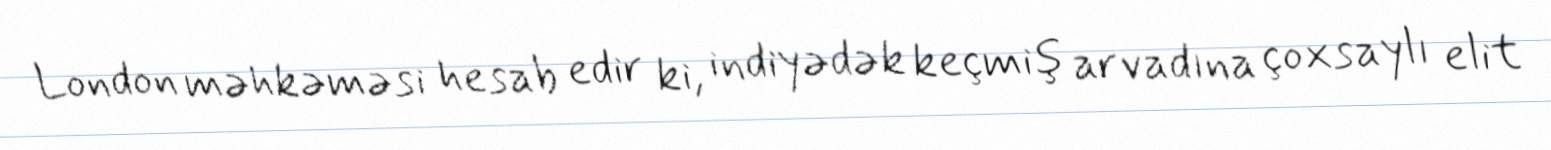
London məhkəməsi hesab edir ki, indiyədək keçmiş arvadına çoxsaylı elit